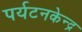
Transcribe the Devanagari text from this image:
पर्यटनकेन्द्र